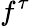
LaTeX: f^{\tau}